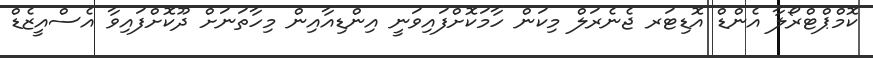
ކޮމްޕްޓްރޯލާ އެންޑް އޮޑިޓަރ ޖެެނެރަލް މިކަން ހާމަކޮށްފައިވަނީ އިންޑިއާއިން މިހާތަނަށް ދޫކޮށްފައިވާ އެސްއީޒެޑް